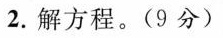
2.解方程。(9分)